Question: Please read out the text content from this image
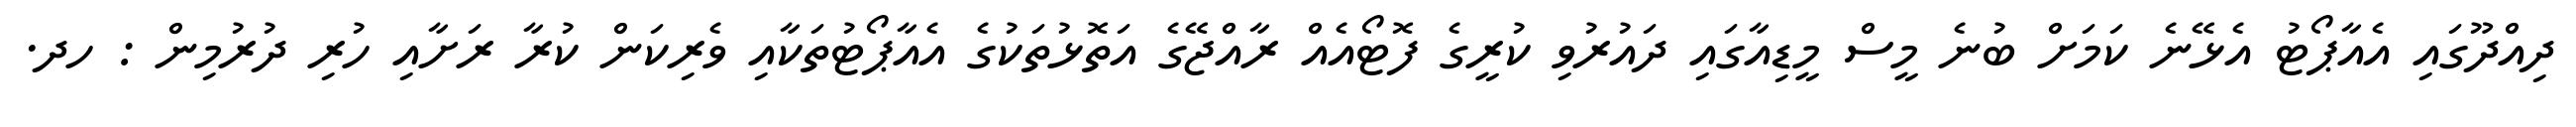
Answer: ދިއްދޫގައި އެއާޕޯޓު އެޅޭނެ ކަމަށް ބުނެ މީސް މީޑިއާގައި ދައުރުވި ކުރީގެ ފޮޓޯއެއް ރާއްޖޭގެ އަތޮޅުތަކުގެ އެއާޕޯޓުތަކާއި ވެރިކަން ކުރާ ރަށާއި ހުރި ދުރުމިން : ހދ.